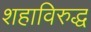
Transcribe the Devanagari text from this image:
शहाविरुद्ध